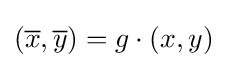
({\overline {x}},{\overline {y}})=g\cdot (x,y)